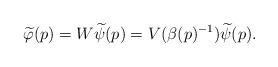
LaTeX: \begin{align*}\widetilde{\varphi}(p) = W \widetilde{\psi}(p) = V(\beta(p)^{-1})\widetilde{\psi}(p).\end{align*}